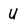
Character: U